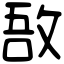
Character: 敔